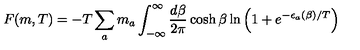
F ( m , T ) = - T \sum _ { a } m _ { a } \int _ { - \infty } ^ { \infty } \frac { d \beta } { 2 \pi } \cosh \beta \ln \left( 1 + e ^ { - \epsilon _ { a } ( \beta ) / T } \right)